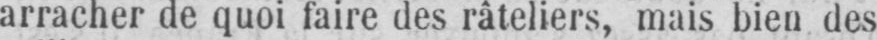
arracher de quoi faire des râteliers, niais bien des